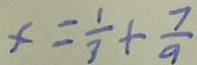
x = \frac { 1 } { 3 } + \frac { 7 } { 9 }